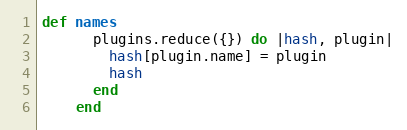
Language: Ruby
def names
      plugins.reduce({}) do |hash, plugin|
        hash[plugin.name] = plugin
        hash
      end
    end